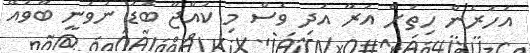
އަހަރެން ހިތަށް އަރާ އަދި ވެސް މި ކުއްޖާ ބޮޑު ނުވަނީ ބާވައޭ